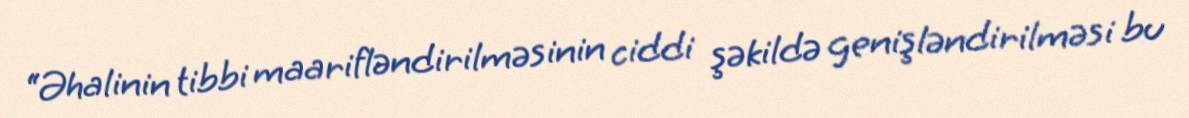
“Əhalinin tibbi maarifləndirilməsinin ciddi şəkildə genişləndirilməsi bu